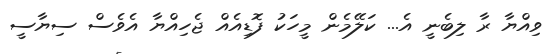
ވިއްޔާ ރާ ލިބެނީ އެ... ކަލޭމެން މީހަކު ފޮޑިއެއް ޖެހިއްޔާ އެވެސް ސިޔާސީ